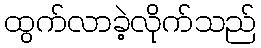
ထွက်လာခဲ့လိုက်သည်